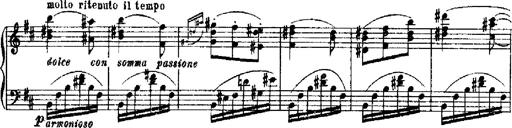
Title: RÃ©miniscences de Robert le diable
Composer: Franz Liszt